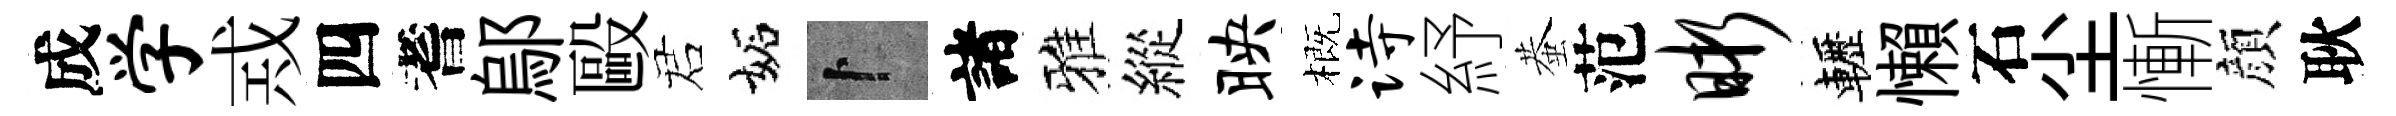
成学𢦶四耆鄔毆诺妬卜諸雅縱映概诗紓蛬范晰轣懶石尘慚顔耿